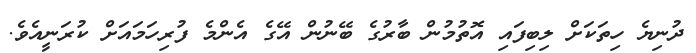
ދުނިޔެ ހިތަކަށް ލިބިފައި އޮތުމުން ބާރުގެ ބޭނުން އޭގެ އެންމެ ފުރިހަމައަށް ކުރަނީއެވެ.